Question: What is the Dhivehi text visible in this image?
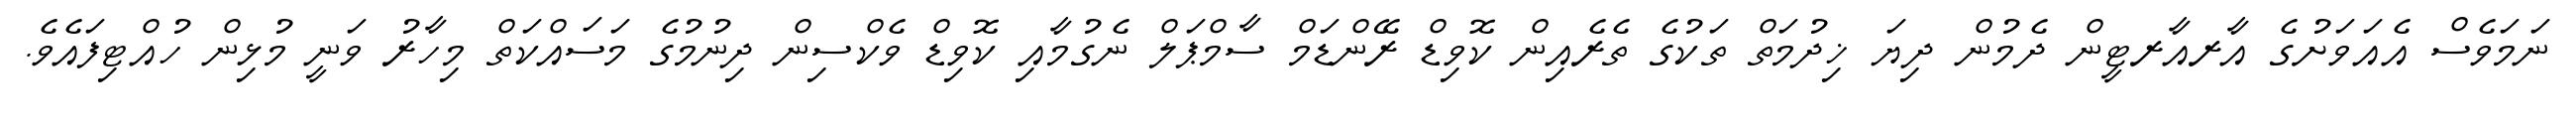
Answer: ނަމަވެސް އެއަވަށުގެ އާރއާރޓީން ދެމުން ދިޔަ ޚިދުމަތް ތަކުގެ ތެރެއިން ކޮވިޑް ރޭންޑަމް ސާމްޕަލް ނެގުމާއި ކޮވިޑް ވެކްސިން ދިނުމުގެ މަސައްކަތް މިހާރު ވަނީ މުޅިން ހުއްޓިފައެވެ.